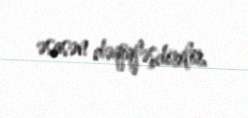
əsasən dəqiqləşdirilir.